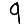
Digit: 9